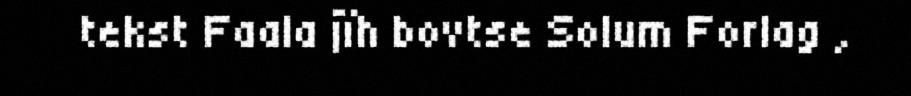
tekst Faala jïh bovtse Solum Forlag ,